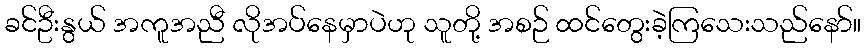
ခင်ဦးနွယ် အကူအညီ လိုအပ်နေမှာပဲဟု သူတို့ အစဉ် ထင်တွေးခဲ့ကြသေးသည်နော်။